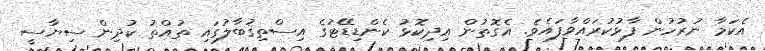
އެކަމާ ނުރުހުން ފާޅުކުރައްވާފައެވެ. އެގޮތުން އިދިކޮޅު ކެންޑިޑޭޓުގެ އިސްތިޤުބާލުގައި ތުއްތު ކުދިން ސިޔާސީ